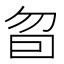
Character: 𰅜